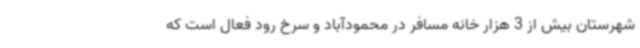
شهرستان بیش از 3 هزار خانه مسافر در محمودآباد و سرخ رود فعال است که